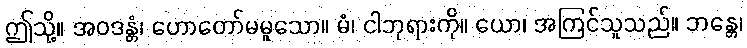
ဤသို့။ အဝဒန္တံ၊ ဟောတော်မမူသော။ မံ၊ ငါဘုရားကို။ ယော၊ အကြင်သူသည်။ ဘန္တေ၊